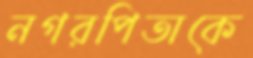
নগরপিতাকে